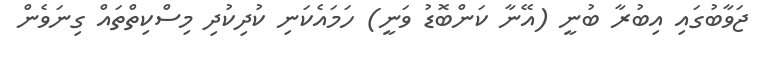
ޖަވާބުގައި އިބުރާ ބުނީ (އޭނާ ކަންބޮޑު ވަނީ) ހަމައެކަނި ކުދިކުދި މިސްކިތްތައް ގިނަވެން